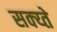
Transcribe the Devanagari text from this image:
सक्य्ते